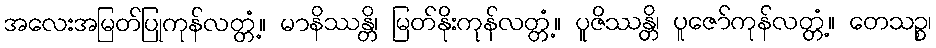
အလေးအမြတ်ပြုကုန်လတ္တံ့။ မာနိဿန္တိ၊ မြတ်နိုးကုန်လတ္တံ့။ ပူဇိဿန္တိ၊ ပူဇော်ကုန်လတ္တံ့။ တေသဉ္စ၊